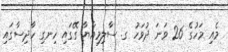
މެއި މަހުގެ 26 ވަނަ ދުވަހު ގ. ސާލިމިއްޔާ ގޭގައި ހިނގި ހާދިސާގައި